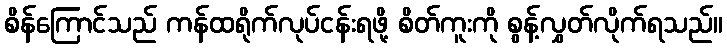
စိန်ကြောင်သည် ကန်ထရိုက်လုပ်ငန်းရဖို့ စိတ်ကူးကို စွန့်လွှတ်လိုက်ရသည်။